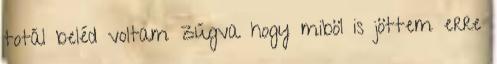
totál beléd voltam zúgva hogy miböl is jöttem erre